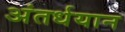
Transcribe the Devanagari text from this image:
अंतर्धयान